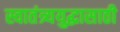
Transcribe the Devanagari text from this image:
स्वातंत्र्ययुद्धासाठी